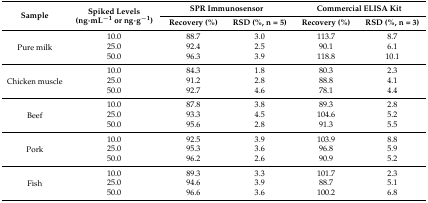
<table><thead><tr><td rowspan="2"><b>Sample</b></td><td rowspan="2"><b>Spiked Levels (ng·mL<sup>−1</sup> or ng·g<sup>−1</sup>)</b></td><td colspan="2"><b>SPR Immunosensor</b></td><td colspan="2"><b>Commercial ELISA Kit</b></td></tr><tr><td><b>Recovery (%)</b></td><td><b>RSD (%, n = 5)</b></td><td><b>Recovery (%)</b></td><td><b>RSD (%, n = 3)</b></td></tr></thead><tbody><tr><td rowspan="3">Pure milk</td><td>10.0</td><td>88.7</td><td>3.0</td><td>113.7</td><td>8.7</td></tr><tr><td>25.0</td><td>92.4</td><td>2.5</td><td>90.1</td><td>6.1</td></tr><tr><td>50.0</td><td>96.3</td><td>3.9</td><td>118.8</td><td>10.1</td></tr><tr><td rowspan="3">Chicken muscle</td><td>10.0</td><td>84.3</td><td>1.8</td><td>80.3</td><td>2.3</td></tr><tr><td>25.0</td><td>91.2</td><td>2.8</td><td>88.8</td><td>4.1</td></tr><tr><td>50.0</td><td>92.7</td><td>4.6</td><td>78.1</td><td>4.4</td></tr><tr><td rowspan="3">Beef</td><td>10.0</td><td>87.8</td><td>3.8</td><td>89.3</td><td>2.8</td></tr><tr><td>25.0</td><td>93.3</td><td>4.5</td><td>104.6</td><td>5.2</td></tr><tr><td>50.0</td><td>95.6</td><td>2.8</td><td>91.3</td><td>5.5</td></tr><tr><td rowspan="3">Pork</td><td>10.0</td><td>92.5</td><td>3.9</td><td>103.9</td><td>8.8</td></tr><tr><td>25.0</td><td>95.3</td><td>3.6</td><td>96.8</td><td>5.9</td></tr><tr><td>50.0</td><td>96.2</td><td>2.6</td><td>90.9</td><td>5.2</td></tr><tr><td rowspan="3">Fish</td><td>10.0</td><td>89.3</td><td>3.3</td><td>101.7</td><td>2.3</td></tr><tr><td>25.0</td><td>94.6</td><td>3.9</td><td>88.7</td><td>5.1</td></tr><tr><td>50.0</td><td>96.6</td><td>3.6</td><td>100.2</td><td>6.8</td></tr></tbody></table>